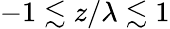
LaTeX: -1\lesssim z/\lambda\lesssim 1